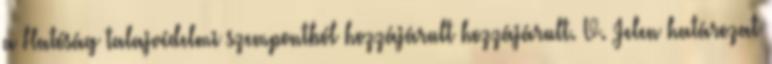
a Hatóság talajvédelmi szempontból hozzájárult hozzájárult. V. Jelen határozat